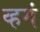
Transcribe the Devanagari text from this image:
व्हगं